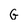
Character: G